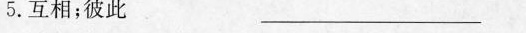
5. 互相；彼此 ——